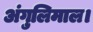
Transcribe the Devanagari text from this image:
अंगुलिमाल।